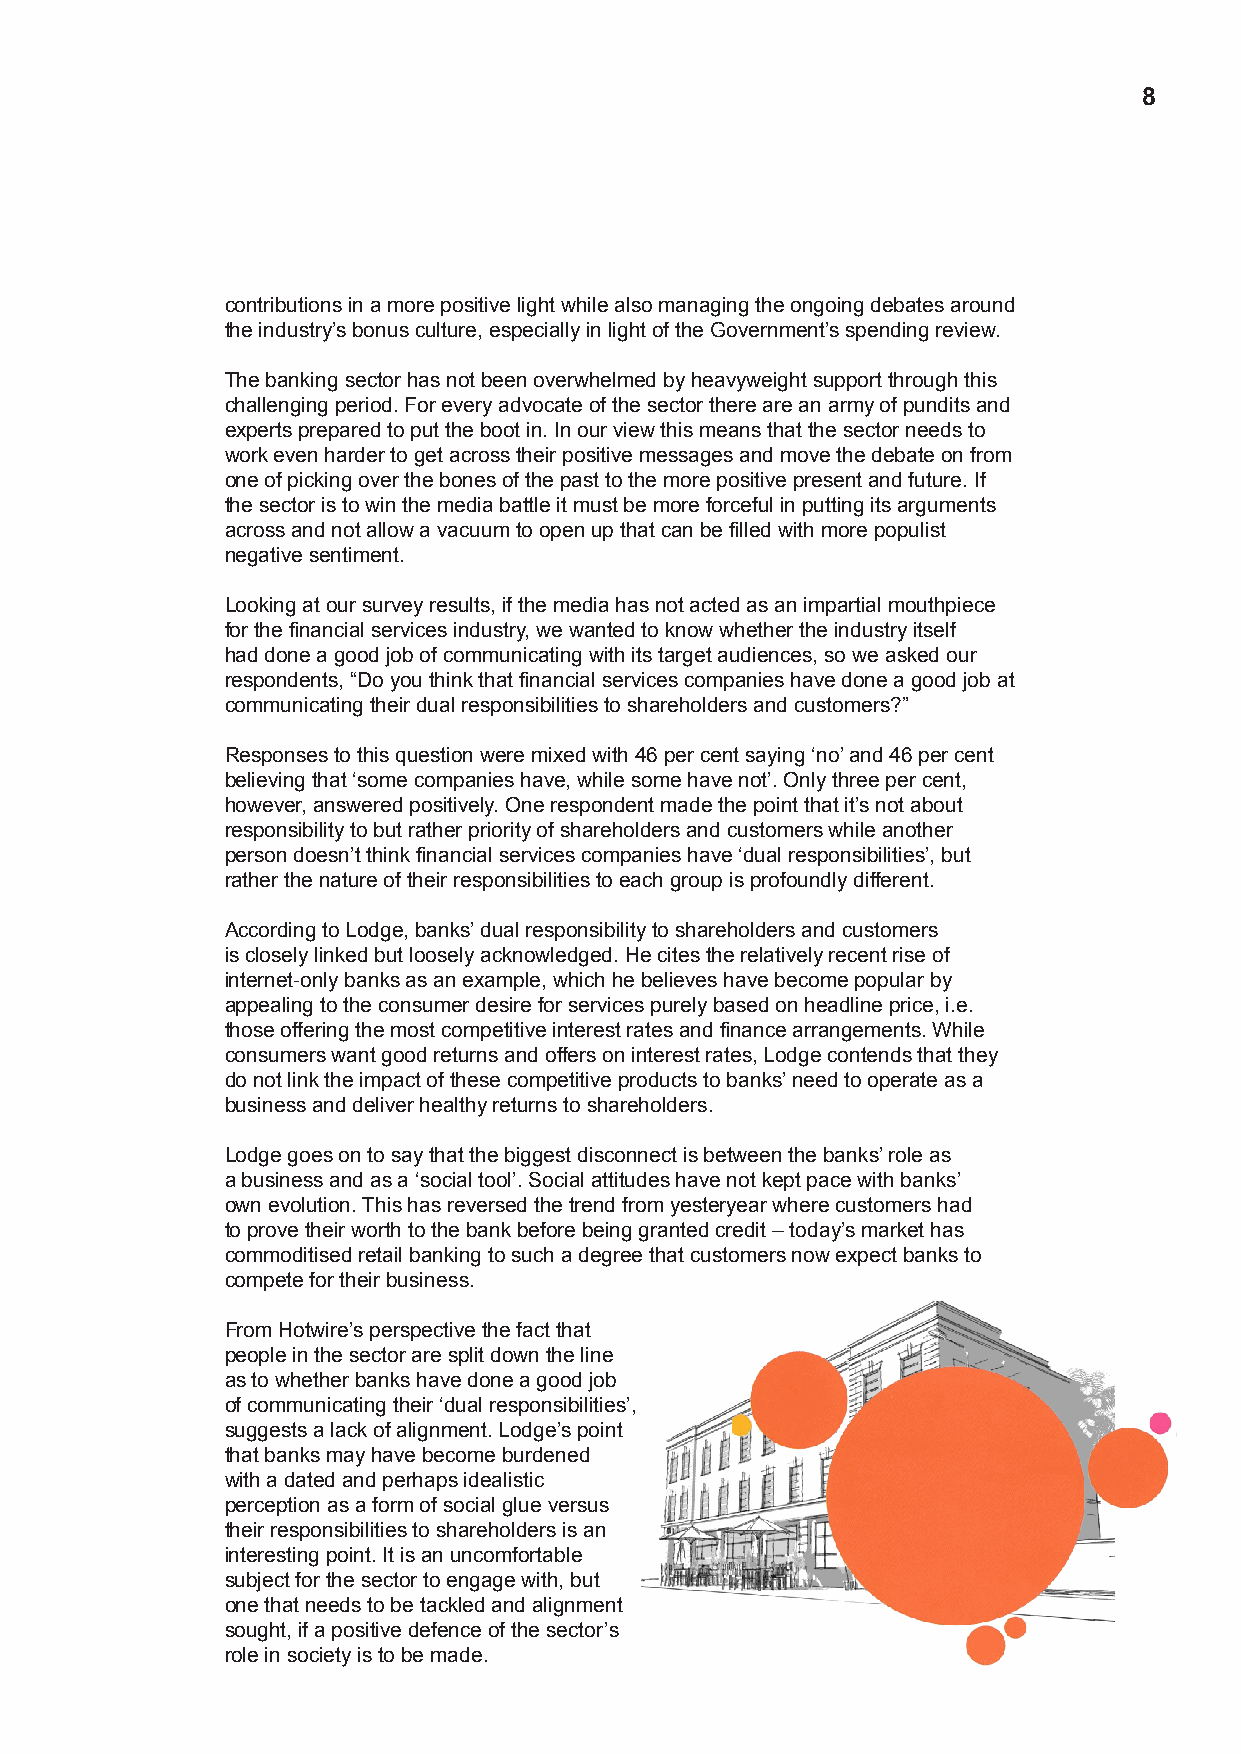
8
 contributions in a more positive light while also managing the ongoing debates around
 the industry’s bonus culture, especially in light of the Government’s spending review.
 The banking sector has not been overwhelmed by heavyweight support through this
 challenging period. For every advocate of the sector there are an army of pundits and
 experts prepared to put the boot in. In our view this means that the sector needs to
 work even harder to get across their positive messages and move the debate on from
 one of picking over the bones of the past to the more positive present and future. If
 the sector is to win the media battle it must be more forceful in putting its arguments
 across and not allow a vacuum to open up that can be filled with more populist
 negative sentiment.
 Looking at our survey results, if the media has not acted as an impartial mouthpiece
 for the financial services industry, we wanted to know whether the industry itself
 had done a good job of communicating with its target audiences, so we asked our
 respondents, “Do you think that financial services companies have done a good job at
 communicating their dual responsibilities to shareholders and customers?”
 Responses to this question were mixed with 46 per cent saying ‘no’ and 46 per cent
 believing that ‘some companies have, while some have not’. Only three per cent,
 however, answered positively. One respondent made the point that it’s not about
 responsibility to but rather priority of shareholders and customers while another
 person doesn’t think financial services companies have ‘dual responsibilities’, but
 rather the nature of their responsibilities to each group is profoundly different.
 According to Lodge, banks’ dual responsibility to shareholders and customers
 is closely linked but loosely acknowledged. He cites the relatively recent rise of
 internet-only banks as an example, which he believes have become popular by
 appealing to the consumer desire for services purely based on headline price, i.e.
 those offering the most competitive interest rates and finance arrangements. While
 consumers want good returns and offers on interest rates, Lodge contends that they
 do not link the impact of these competitive products to banks’ need to operate as a
 business and deliver healthy returns to shareholders.
 Lodge goes on to say that the biggest disconnect is between the banks’ role as
 a business and as a ‘social tool’. Social attitudes have not kept pace with banks’
 own evolution. This has reversed the trend from yesteryear where customers had
 to prove their worth to the bank before being granted credit – today’s market has
 commoditised retail banking to such a degree that customers now expect banks to
 compete for their business.
 From Hotwire’s perspective the fact that
 people in the sector are split down the line
 as to whether banks have done a good job
 of communicating their ‘dual responsibilities’,
 suggests a lack of alignment. Lodge’s point
 that banks may have become burdened
 with a dated and perhaps idealistic
 perception as a form of social glue versus
 their responsibilities to shareholders is an
 interesting point. It is an uncomfortable
 subject for the sector to engage with, but
 one that needs to be tackled and alignment
 sought, if a positive defence of the sector’s
 role in society is to be made.